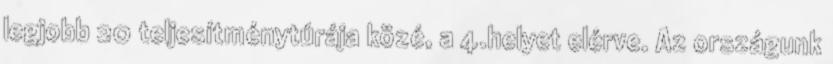
legjobb 20 teljesítménytúrája közé, a 4.helyet elérve. Az országunk